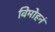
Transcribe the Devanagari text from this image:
विमोहनं